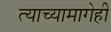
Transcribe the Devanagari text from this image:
त्याच्यामागेही